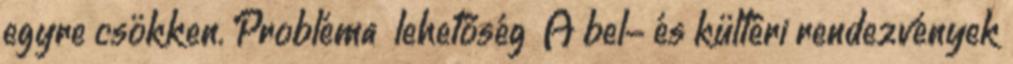
egyre csökken. Probléma lehetőség ▪A bel- és kültéri rendezvények